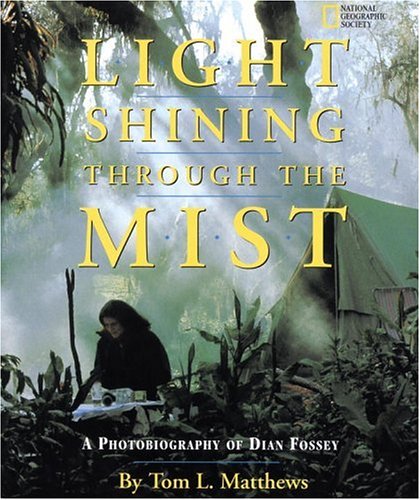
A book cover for Light Shining Through the Mist: A Photobiography of Dian Fossey (Photobiographies); Tom Mathews; Children's Books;